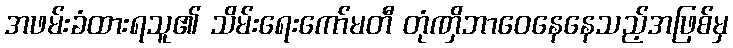
အဖမ်းခံထားရသူ၏ သိမ်းရေးကော်မတီ တုံဏှိဘာဝေနေနေသည့်အဖြစ်မှ